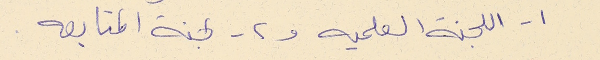
١- اللجنة العلميه و٢- لجنة المتابعه.